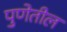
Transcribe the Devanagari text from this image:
पुणेतील